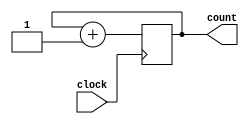
module counter (clock, count);
   
   input clock;
   output [31:0] count;
   
   reg [31:0] count;
   
   always @(posedge clock)
     count = count+1;
      
endmodule